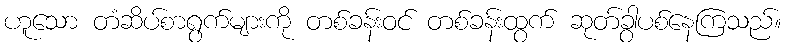
ဟူသော တံဆိပ်စာရွက်များကို တစ်ခန်းဝင် တစ်ခန်းထွက် ဆုတ်ခွာပစ်နေကြသည်။